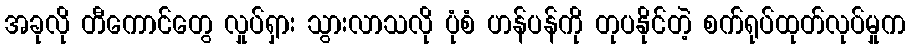
အခုလို တီကောင်တွေ လှုပ်ရှား သွားလာသလို ပုံစံ ဟန်ပန်ကို တုပနိုင်တဲ့ စက်ရုပ်ထုတ်လုပ်မှုက